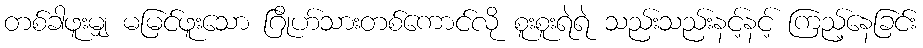
တစ်ခါဖူးမျှ မမြင်ဖူးသော ဂြိုဟ်သားတစ်ကောင်လို စူးစူးရဲရဲ သည်းသည်းနင့်နင့် ကြည့်နေခြင်း